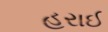
હરાઈ